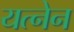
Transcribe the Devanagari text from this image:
यत्नेन